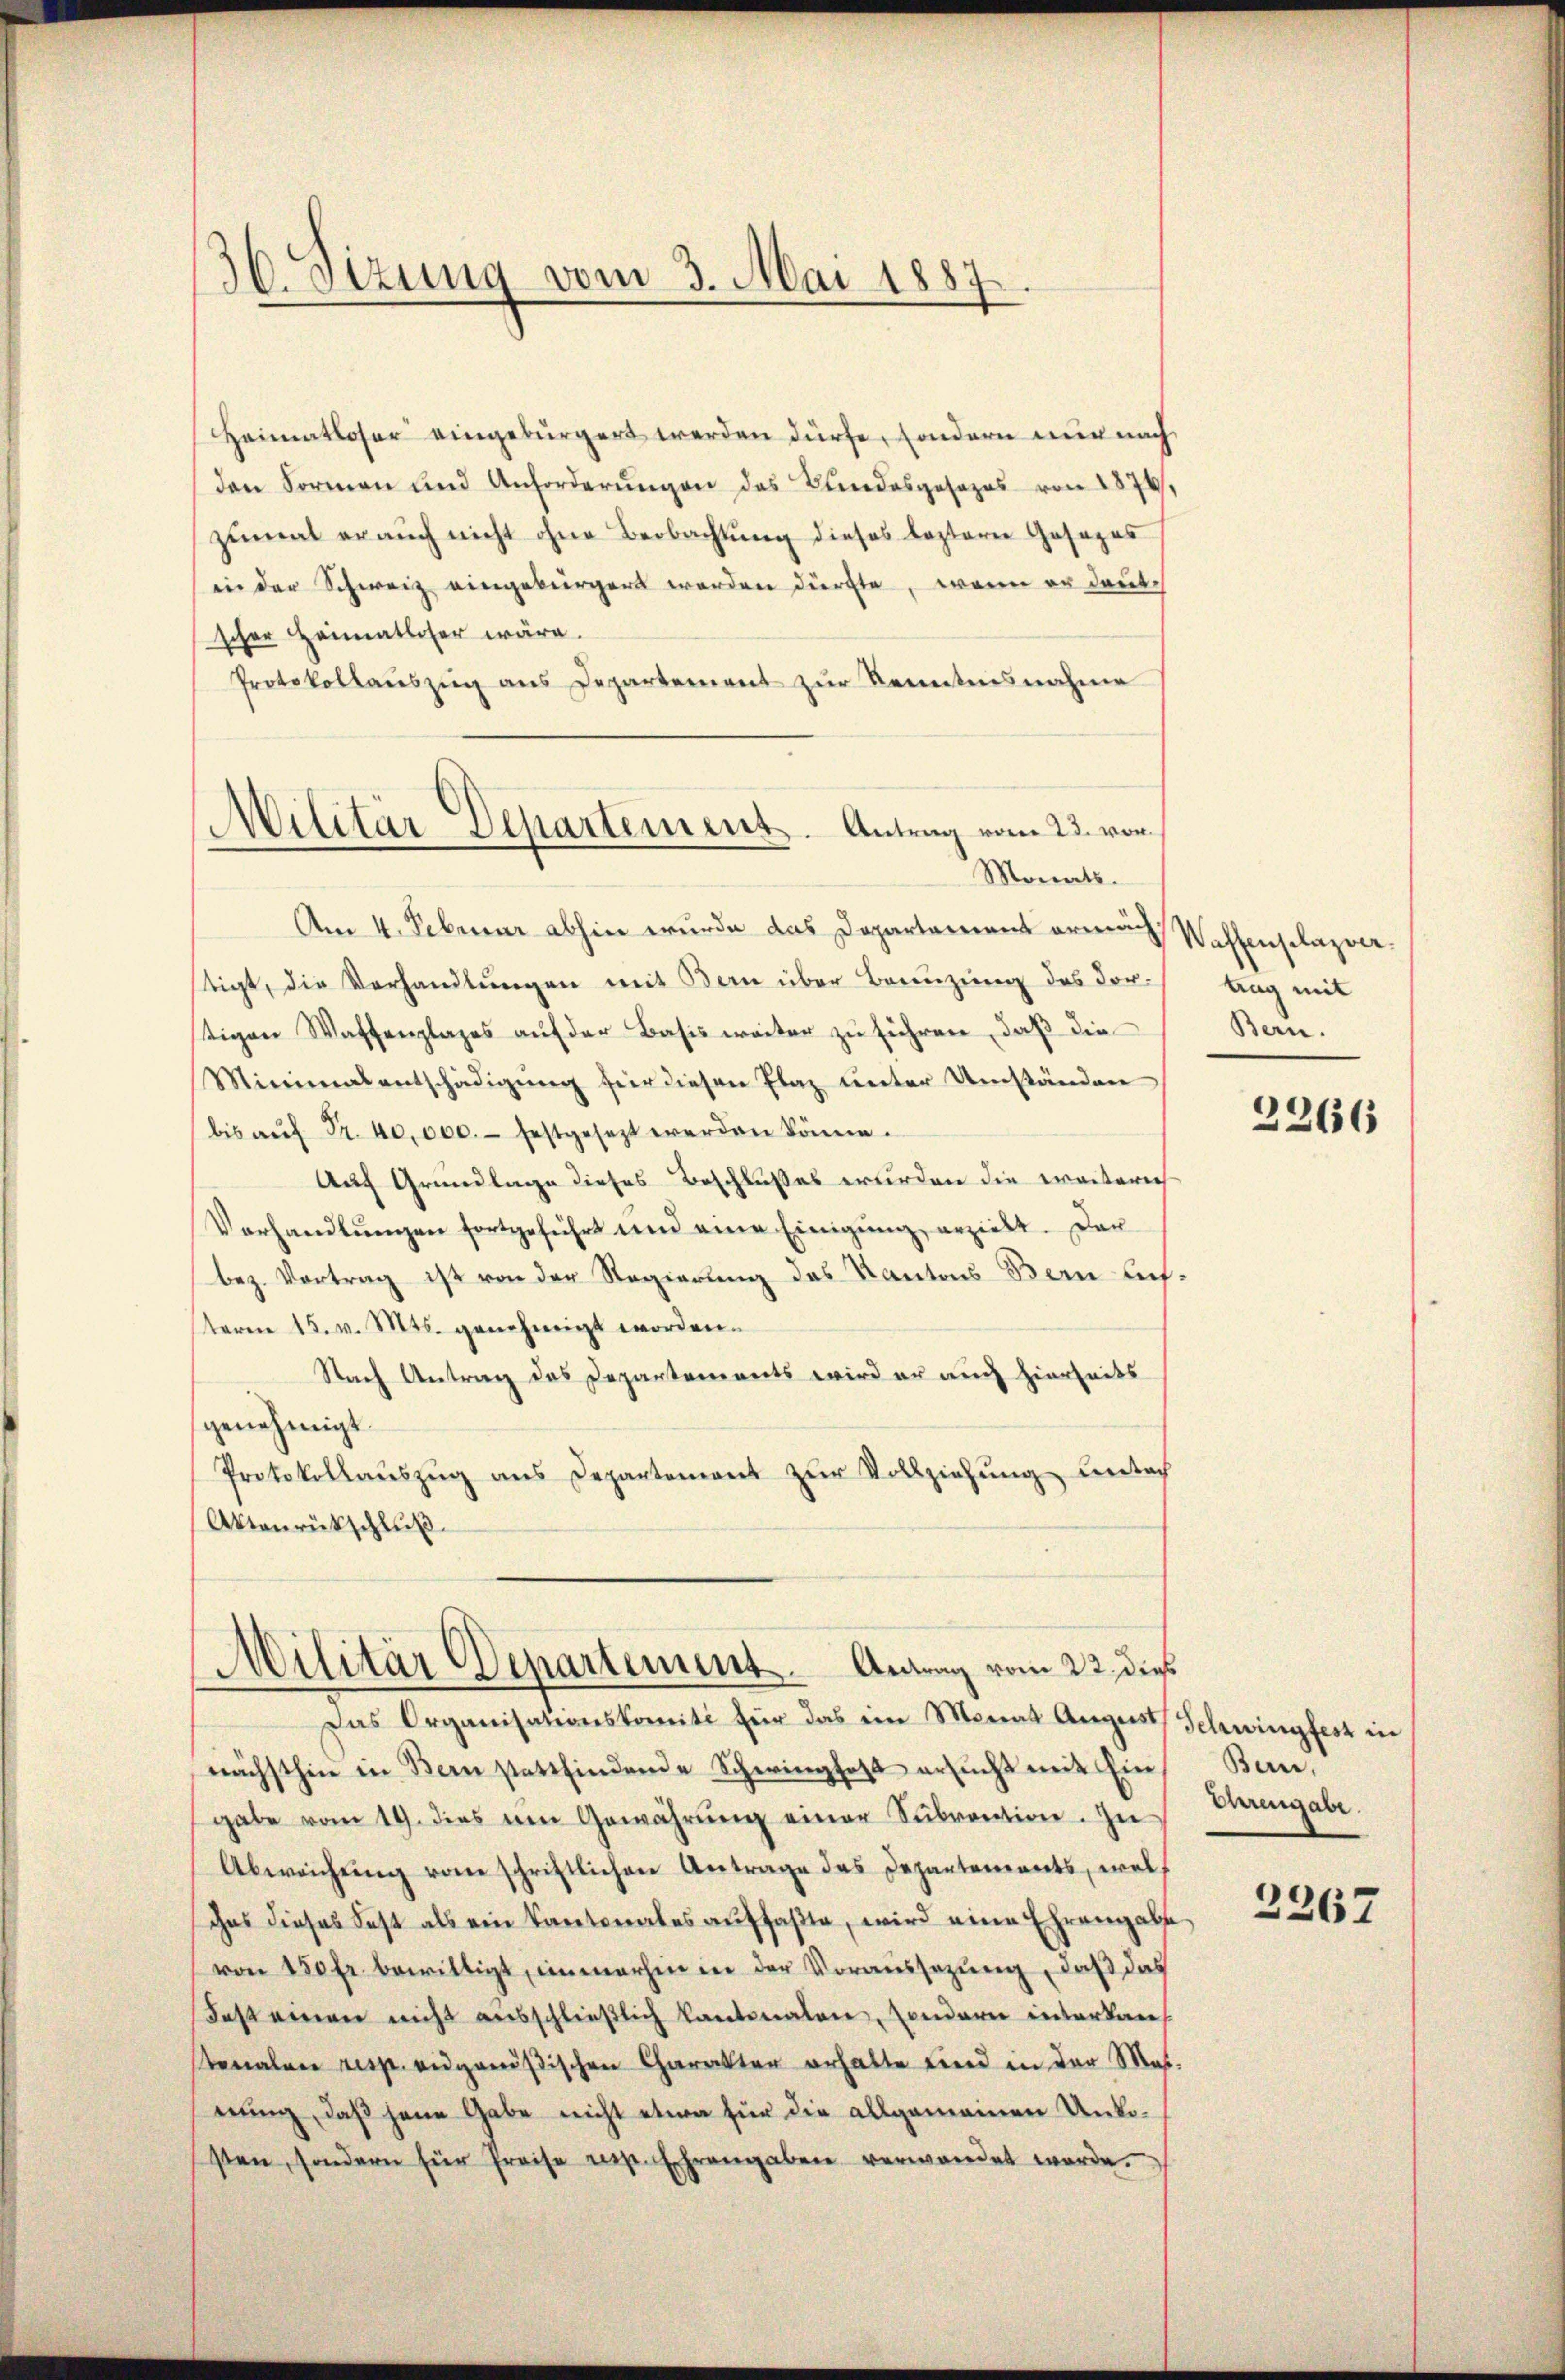
36. Sizung vom 3. Mai 1887

Heimatloser eingebürgert werden dürfe, sondern nur nach
den Formen und Anforderŭngen des Bundesgesezes von 1876,
zŭmal er auch nicht ohne Beobachtŭng dieses leztere Gesezes
in der Schweiz eingebürgert werden dürfte, wenn er deut
scher Heimatloser wäre.
Protokollauszug aus Departement zur Kenntnisnahme
Am 4. Februar abhin wurde das Departament armes Wassenschazverstigt, die Verhandlungen mit Bern über Benuzung des dor-
stigen Waffenplages aŭf der Basis weiter zŭ führen, daβ die
Minimalentschädigŭng für diesen Plaz unter Umständen
bis aŭf Fr. 40,000.- festgesezt werden könne.
Auf Grundlage dieses Beschlußes wurden die weitern¬
Vorhandlungen fortgeführt und eine Einigung erzielt. Der
bez. Vertrag ist von der Regierung des Kantons Bern lichteren 15. v. Mts. genehmigt worden.
Nach Antrag des Departements wird er auch hierseits
genehmigt.
Protokollaŭszŭg ans Departement zŭr Vollziehŭng leertach
Aktenrückschluß
Militär Departement. Antrag vom 22. dies
Das Organisationskomiti für das ein Monat August Schwingfest in
nächsthin in Bern stattfindende Schwinghaft ersŭcht mit Ein
gabe vom 19. dies im Gewährŭng einer Sŭbvention. Zu
Abweichŭng vom schriftlichen Antrage das Departements, welch
chas dieses Fest als ein Kantonales aŭffaβte, wird eine Ehrengabe
von 150 fr. bewilligt, immerhin in der Voraussezung, daß das
daß einen nicht ausschließlich kantonalen, sondern interkan
tonalen resp. eidgenößischen Charakter erhalte sind in der Mat.
nung, daß jene Gabe nicht etwa für die allgemeinen Unkosten, sondern für Preise er. Ehrengaben verwandet werde.

Militär Departement. Antrag vom 23. vor¬
Monats.

trag mit
Bern.

2266

Bern,
Ehrengabe.

2267